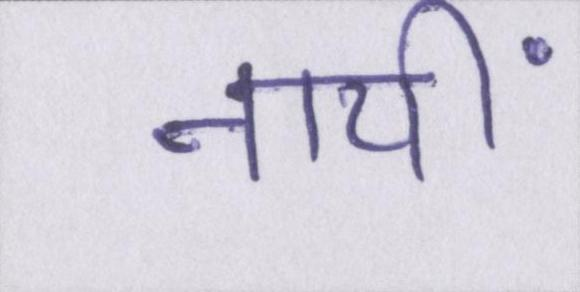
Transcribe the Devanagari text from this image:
नायीं